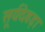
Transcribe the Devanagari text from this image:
सूर्यदेवड़ा